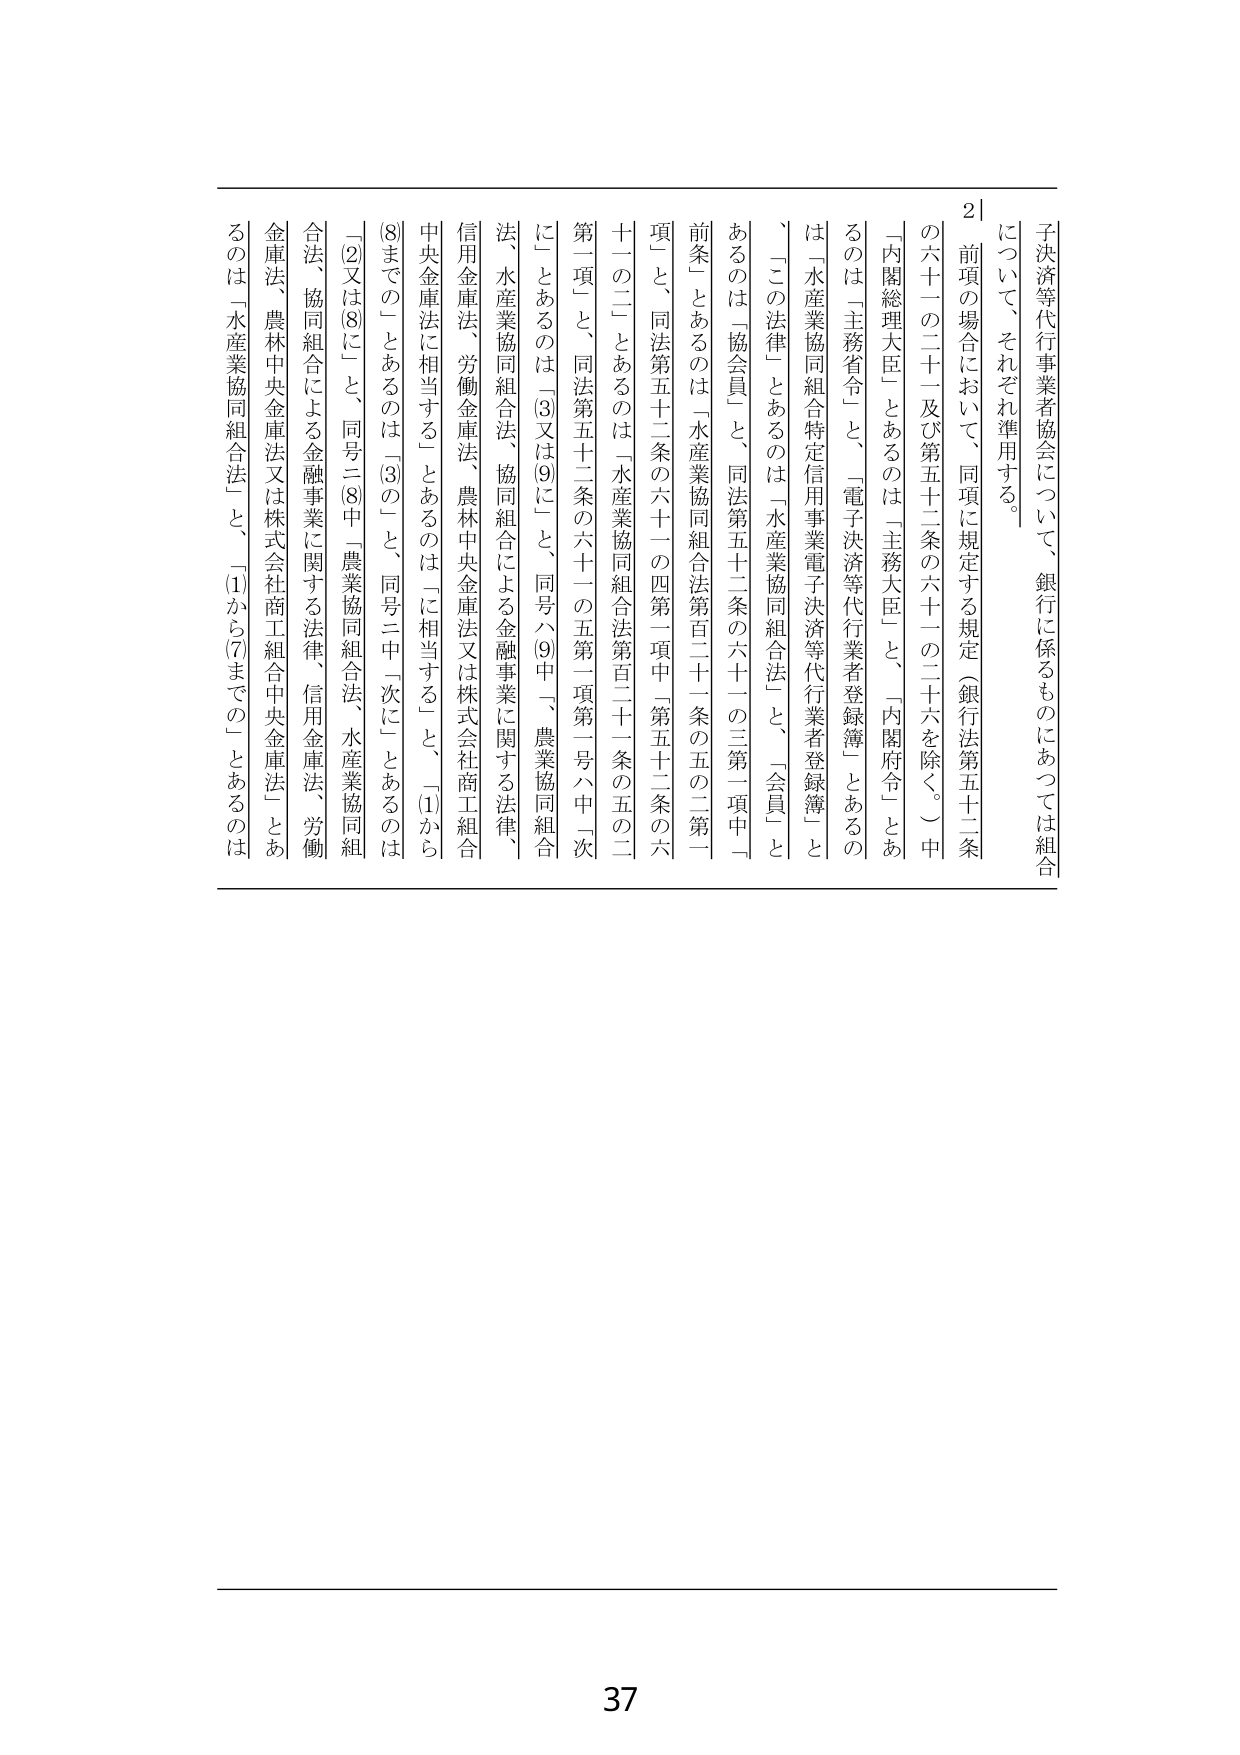
子決済等代行業者協会について、銀行に係るものにあつては組合について、それぞれ準用する。

2 前項の場合において、同項に規定する規定（銀行法第五十二条の六十一の二十一及び第五十二条の六十一の二十六を除く。）中の「内閣総理大臣」とあるのは「主務大臣」と、「内閣府令」とあるのは「主務省令」と、「電子決済等代行業者登録簿」とあるのは「水産業協同組合特定信用事業電子決済等代行業者登録簿」と、「この法律」とあるのは「水産業協同組合法」と、「会員」とあるのは「協会員」と、同法第五十二条の六十一の三第一項中「前条」とあるのは「水産業協同組合法第百二十一条の五の二第一項」と、同法第五十二条の六十一の四第一項中「第五十二条の六十一の二」とあるのは「水産業協同組合法第百二十一条の五の二第一項」と、同法第五十二条の六十一の五第一項第一号八中「次に」とあるのは「③又は⑨に」と、同号八⑨中「農業協同組合法、水産業協同組合法、協同組合による金融事業に関する法律、信用金庫法、労働金庫法、農林中央金庫法又は株式会社商工組合中央金庫法に相当する」とあるのは「に相当する」と、「①から⑧までの」とあるのは「③の」と、同号二中「次に」とあるのは「②又は⑧に」と、同号二⑧中「農業協同組合法、水産業協同組合法、協同組合による金融事業に関する法律、信用金庫法、労働金庫法、農林中央金庫法又は株式会社商工組合中央金庫法」とあるのは「水産業協同組合法」と、「①から⑦までの」とあるのは

37